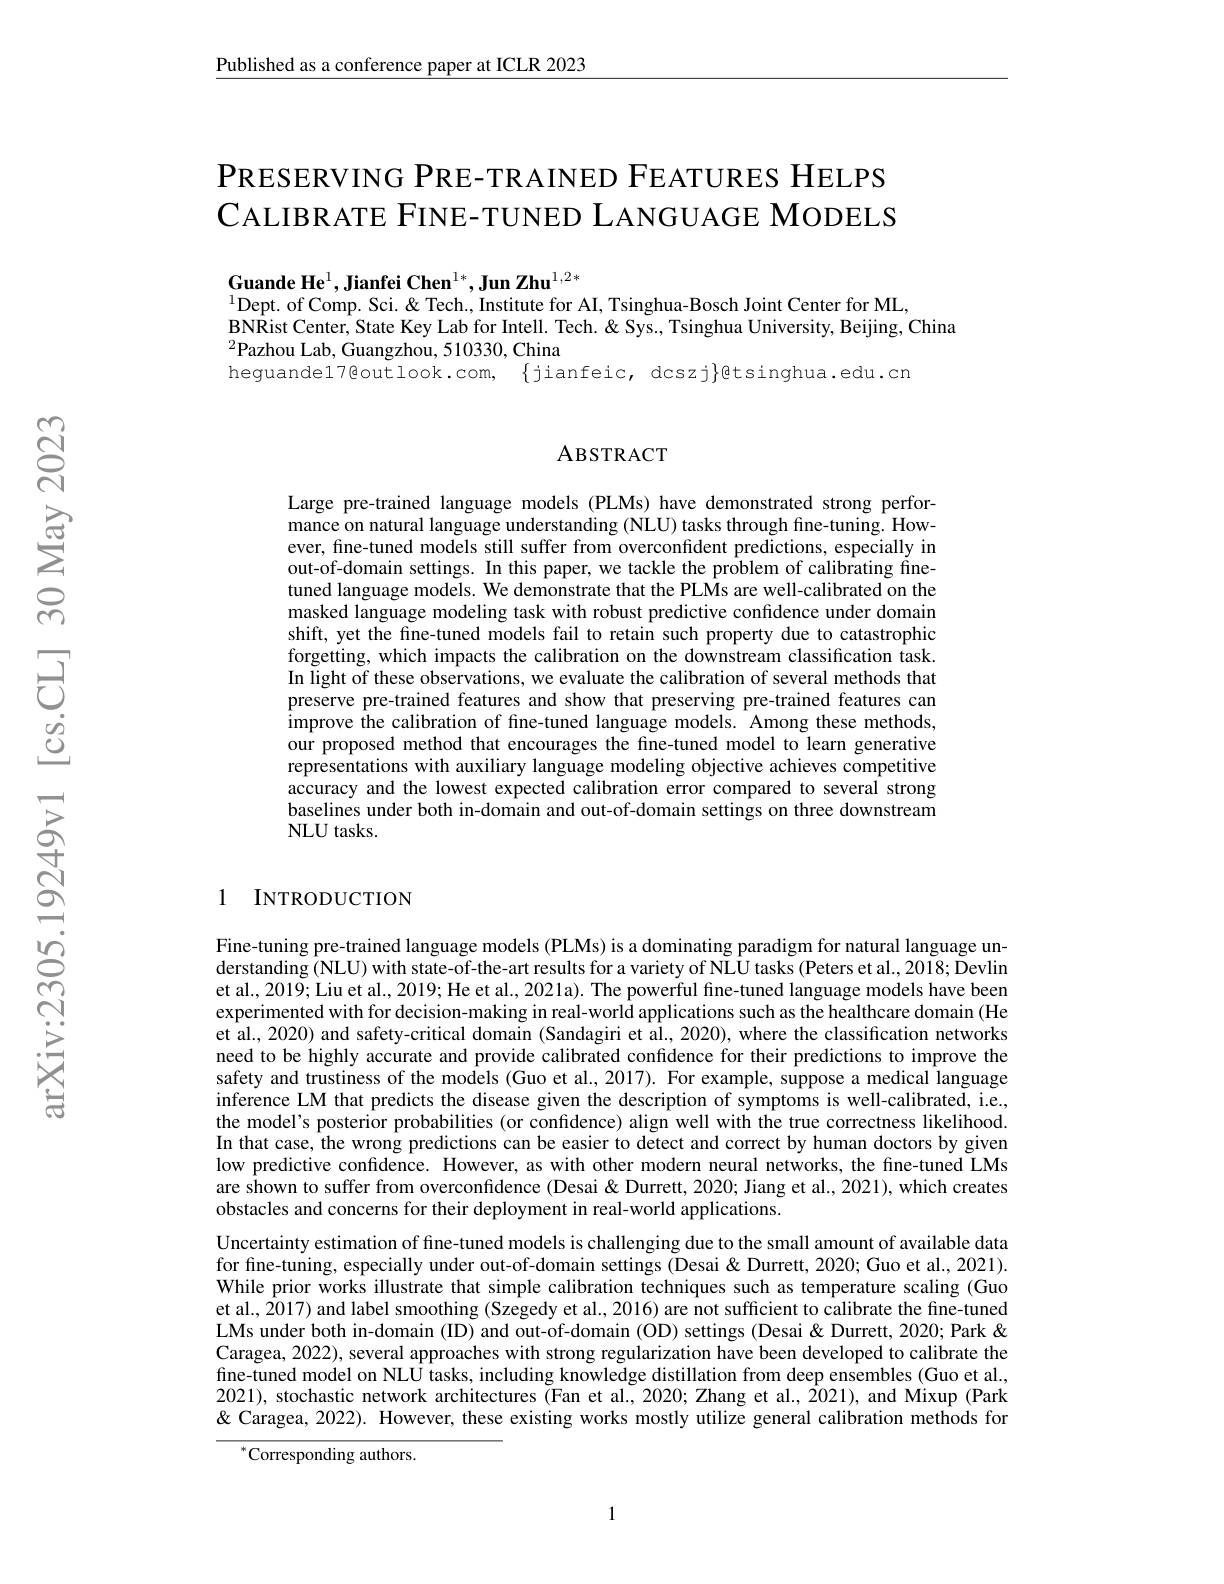
Published as a conference paper at ICLR 2023

PRESERVING PRE- TRAINED FEATURES HELPS CАLIВRATE FINE-TUNED LANGUAGE MODELS

Guande He$^1,\textbf{Jianfei Chen}^{1*},\textbf{Jun Zhu}^{1,2*}$
$^{1}$Dept. of Comp. Sci. & Tech., Institute for AI, Tsinghua-Bosch Joint Center for ML,
BNRist Center, State Key Lab for Intell. Tech. & Sys., Tsinghua University, Beijing, China
$^{2}$Pazhou Lab, Guangzhou, 510330, China
heguande17@outlook.com, $\{$jianfeic, dcszj$\}$gtsinghua.edu.cn

### ABSTRACT

Large pre-trained language models (PLMs) have demonstrated strong performance on natural language understanding (NLU) tasks through fine-tuning. However, fine-tuned models still suffer from overconfident predictions, especially in out-of-domain settings. In this paper, we tackle the problem of calibrating finetuned language models. We demonstrate that the PLMs are well-calibrated on the masked language modeling task with robust predictive confidence under domain shift, yet the fine-tuned models fail to retain such property due to catastrophic forgetting, which impacts the calibration on the downstream classification task. In light of these observations, we evaluate the calibration of several methods that preserve pre-trained features and show that preserving pre-trained features can improve the calibration of fine-tuned language models. Among these methods, our proposed method that encourages the fine-tuned model to learn generative representations with auxiliary language modeling objective achieves competitive accuracy and the lowest expected calibration error compared to several strong baselines under both in-domain and out-of-domain settings on three downstream NLU tasks.

### 1 INTRODUCTION

Fine-tuning pre-trained language models (PLMs) is a dominating paradigm for natural language understanding (NLU) with state-of-the-art results for a variety of NLU tasks (Peters et al.,2018; Devlin et al., 2019; Liu et al., 2019; He et al., 2021a). The powerful fine-tuned language models have been experimented with for decision-making in real-world applications such as the healthcare domain (He et al., 2020) and safety-critical domain (Sandagiri et al., 2020), where the classification networks need to be highly accurate and provide calibrated confidence for their predictions to improve the safety and trustiness of the models (Guo et al., 2017). For example, suppose a medical language inference LM that predicts the disease given the description of symptoms is well-calibrated, i.e., the model's posterior probabilities (or confidence) align well with the true correctness likelihood. In that case, the wrong predictions can be easier to detect and correct by human doctors by given low predictive confidence. However, as with other modern neural networks, the fine-tuned LMs are shown to suffer from overconfidence (Desai & Durrett, 2020; Jiang et al., 2021), which creates obstacles and concerns for their deployment in real-world applications.
Uncertainty estimation of fine-tuned models is challenging due to the small amount of available data for fine-tuning, especially under out-of-domain settings (Desai & Durrett, 2020; Guo et al., 2021). While prior works illustrate that simple calibration techniques such as temperature scaling (Guo et al., $\hat{20}$17) and label smoothing (Szegedy et al., 2016) are not sufficient to calibrate the fine-tuned LMs under both in-domain (ID) and out-of-domain (OD) settings (Desai & Durrett, 2020; Park & Caragea, 2022), several approaches with strong regularization have been developed to calibrate the fine-tuned model on NLU tasks, including knowledge distillation from deep ensembles (Guo et al., 2021), stochastic network architectures (Fan et al., 2020; Zhang et al., $\hat{2}021)$, and Mixup (Park & Q Caragea, 2022). However, these existing works mostly utilize general calibration methods for

$^{*}$Corresponding authors.

1